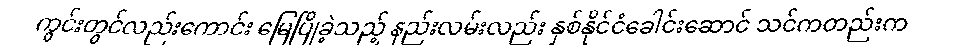
ကွင်းတွင်လည်းကောင်း မြေပြိုခဲ့သည့် နည်းလမ်းလည်း နှစ်နိုင်ငံခေါင်းဆောင် သင်ကတည်းက